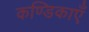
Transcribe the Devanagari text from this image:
कण्डिकाएँ